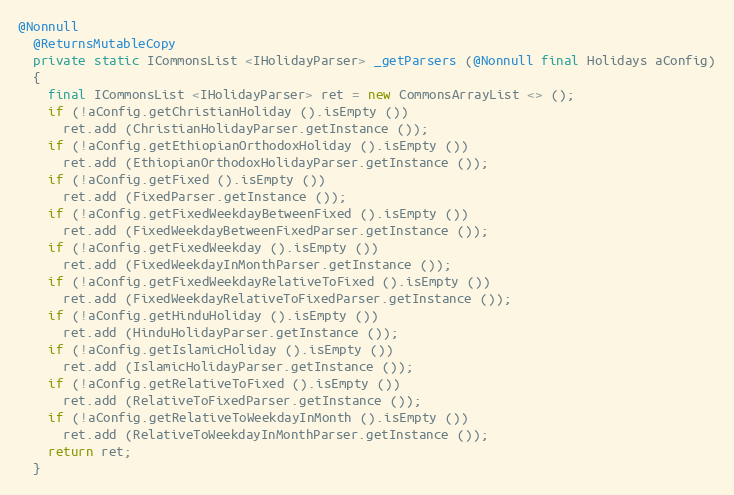
Language: Java
@Nonnull
  @ReturnsMutableCopy
  private static ICommonsList <IHolidayParser> _getParsers (@Nonnull final Holidays aConfig)
  {
    final ICommonsList <IHolidayParser> ret = new CommonsArrayList <> ();
    if (!aConfig.getChristianHoliday ().isEmpty ())
      ret.add (ChristianHolidayParser.getInstance ());
    if (!aConfig.getEthiopianOrthodoxHoliday ().isEmpty ())
      ret.add (EthiopianOrthodoxHolidayParser.getInstance ());
    if (!aConfig.getFixed ().isEmpty ())
      ret.add (FixedParser.getInstance ());
    if (!aConfig.getFixedWeekdayBetweenFixed ().isEmpty ())
      ret.add (FixedWeekdayBetweenFixedParser.getInstance ());
    if (!aConfig.getFixedWeekday ().isEmpty ())
      ret.add (FixedWeekdayInMonthParser.getInstance ());
    if (!aConfig.getFixedWeekdayRelativeToFixed ().isEmpty ())
      ret.add (FixedWeekdayRelativeToFixedParser.getInstance ());
    if (!aConfig.getHinduHoliday ().isEmpty ())
      ret.add (HinduHolidayParser.getInstance ());
    if (!aConfig.getIslamicHoliday ().isEmpty ())
      ret.add (IslamicHolidayParser.getInstance ());
    if (!aConfig.getRelativeToFixed ().isEmpty ())
      ret.add (RelativeToFixedParser.getInstance ());
    if (!aConfig.getRelativeToWeekdayInMonth ().isEmpty ())
      ret.add (RelativeToWeekdayInMonthParser.getInstance ());
    return ret;
  }